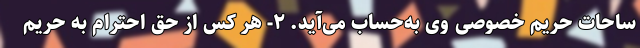
ساحات حریم خصوصی وی به‌حساب می‌آید. ۲- هر کس از حق احترام به حریم